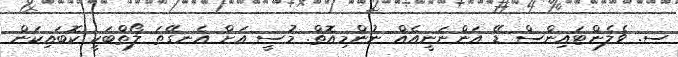
ސ. ވެލެންޓައިންސް ޑޭ އަންނަނީއެއް ނުންމިއޮތް. މުސީ އަށް އެނގޭތަ ލޯތްބަކީ ކޮބައިކަން